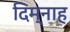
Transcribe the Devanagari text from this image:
दिम्नाह